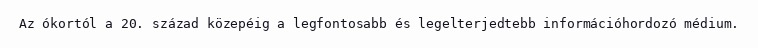
Az ókortól a 20. század közepéig a legfontosabb és legelterjedtebb információhordozó médium.